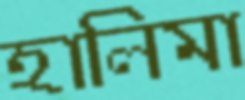
হালিমা